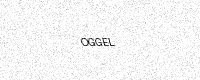
Text: OGGEL